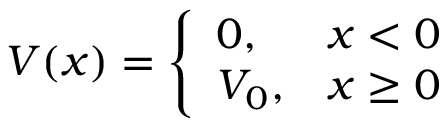
V ( x ) = { \left\{ \begin{array} { l l } { 0 , } & { x < 0 } \\ { V _ { 0 } , } & { x \geq 0 } \end{array} \right. }